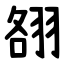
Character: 䎊